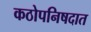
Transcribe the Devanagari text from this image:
कठोपनिषदात